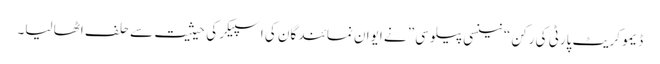
ڈیمو کریٹ پارٹی کی رکن “نینسی پیلوسی” نے ایوان نمائندگان کی اسپیکر کی حیثیت سے حلف اٹھا لیا۔